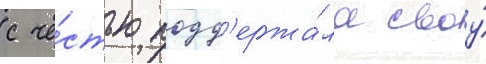
с че́стью подд'ержа́ла своу́